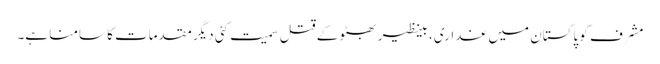
مشرف کو پاکستان میں غداری، بینظیر بھٹو کے قتل سمیت کئی دیگر مقدمات کا سامنا ہے۔